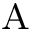
_ \mathrm { A }